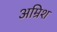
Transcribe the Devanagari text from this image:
अम्रिश